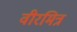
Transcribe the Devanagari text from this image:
वीरमित्र